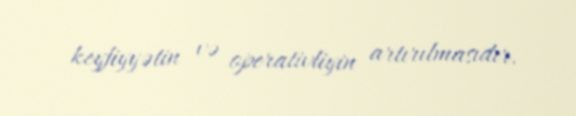
keyfiyyətin və operativliyin artırılmasıdır.